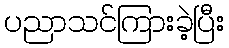
ပညာသင်ကြားခဲ့ပြီး